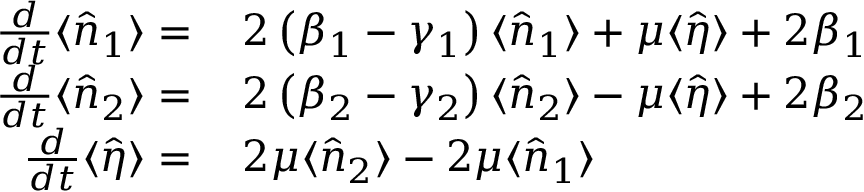
\begin{array} { r l } { \frac { d } { d t } \langle \hat { n } _ { 1 } \rangle = } & { { } \, 2 \left( \beta _ { 1 } - \gamma _ { 1 } \right) \langle \hat { n } _ { 1 } \rangle + \mu \langle \hat { \eta } \rangle + 2 \beta _ { 1 } } \\ { \frac { d } { d t } \langle \hat { n } _ { 2 } \rangle = } & { { } \, 2 \left( \beta _ { 2 } - \gamma _ { 2 } \right) \langle \hat { n } _ { 2 } \rangle - \mu \langle \hat { \eta } \rangle + 2 \beta _ { 2 } } \\ { \frac { d } { d t } \langle \hat { \eta } \rangle = } & { { } \, 2 \mu \langle \hat { n } _ { 2 } \rangle - 2 \mu \langle \hat { n } _ { 1 } \rangle } \end{array}